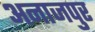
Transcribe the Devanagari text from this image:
अनाजपुर